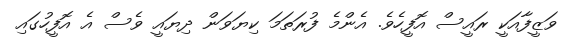
ވަޒީފާއަކީ ރައީސް އޮފީހެވެ. އެންމެ ފުރަތަމަ ކިޔަވަން ދިޔައީ ވެސް އެ އޮފީހުގައި